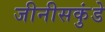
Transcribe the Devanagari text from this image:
जीनीसकुंडे